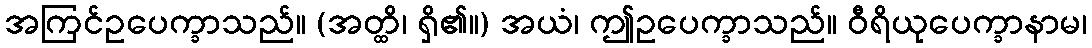
အကြင်ဥပေက္ခာသည်။ (အတ္ထိ၊ ရှိ၏။) အယံ၊ ဤဥပေက္ခာသည်။ ဝီရိယုပေက္ခာနာမ၊